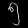
Digit: ၅